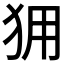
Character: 𰡆